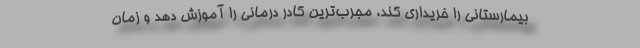
بیمارستانی را خریداری کند، مجرب‌ترین کادر درمانی را آموزش دهد و زمان